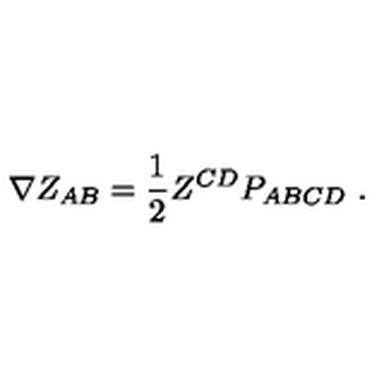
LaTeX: \nabla Z _ { A B } = { \frac { 1 } { 2 } } Z ^ { C D } P _ { A B C D } \ .